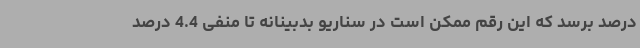
درصد برسد که این رقم ممکن است در سناریو بدبینانه تا منفی 4.4 درصد